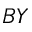
B Y